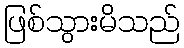
ဖြစ်သွားမိသည်